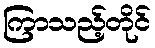
ကြာသည့်တိုင်